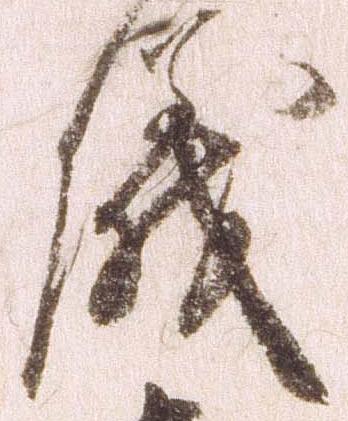
儀